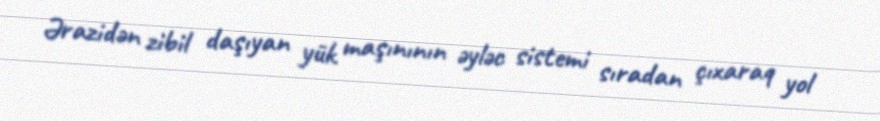
Ərazidən zibil daşıyan yük maşınının əyləc sistemi sıradan çıxaraq yol